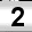
Digit: 2